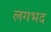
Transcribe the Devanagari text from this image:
लगभद